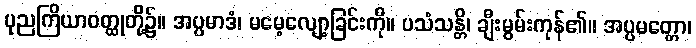
ပုညကြိယာဝတ္ထုတို့၌။ အပ္ပမာဒံ၊ မမေ့လျော့ခြင်းကို။ ပသံသန္တိ၊ ချီးမွမ်းကုန်၏။ အပ္ပမတ္တော၊